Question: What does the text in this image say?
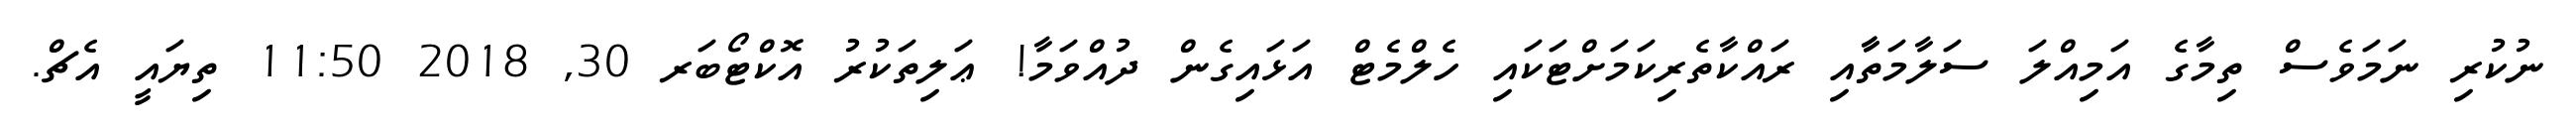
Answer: ނުކުރި ނަމަވެސް ތިމާގެ އަމިއްލަ ސަލާމަތާާއި ރައްކާތެރިކަމަށްޓަކައި ހެލްމެޓް އަޅައިގެން ދުއްވަމާ! ޢަލިތަކުރު އޮކްޓޯބަރ 30, 2018 11:50 ތިޔައީ އެޗް.